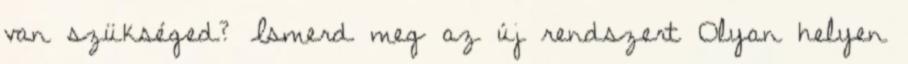
van szükséged? Ismerd meg az új rendszert Olyan helyen